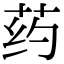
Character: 药